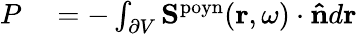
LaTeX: \begin{array}{rl}{P}&{{}=-\int_{\partial V}\mathbf{S}^{\mathrm{poyn}}(\mathbf{r},\omega)\cdot\mathbf{\hat{n}}d\mathbf{r}}\end{array}